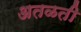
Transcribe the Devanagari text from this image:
अतळती